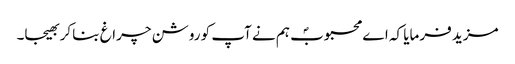
مزید فرمایا کہ اے محبوبؐ ہم نے آپ کو روشن چراغ بنا کر بھیجا۔